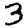
Digit: 3